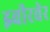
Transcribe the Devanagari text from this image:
झ्वीरवेर